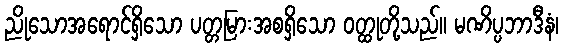
ညိုသောအရောင်ရှိသော ပတ္တမြားအစရှိသော ဝတ္ထုတို့သည်။ မဏိပ္ပဘာဒီနံ၊